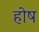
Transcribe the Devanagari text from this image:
होष